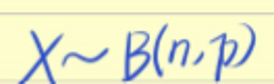
$X \sim B(n,p)$